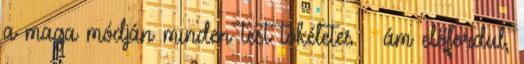
a maga módján minden test tökéletes – ám előfordul,